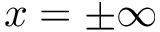
x = \pm \infty